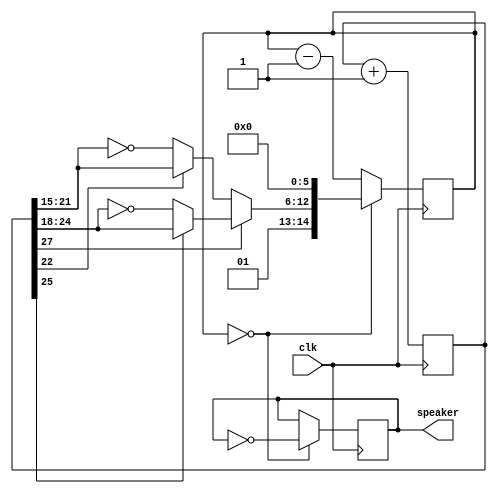
module music(clk, speaker);
input clk;
output speaker;

reg [27:0] tone;
always @(posedge clk) tone <= tone+1;

wire [6:0] fastsweep = (tone[22] ? tone[21:15] : ~tone[21:15]);
wire [6:0] slowsweep = (tone[25] ? tone[24:18] : ~tone[24:18]);
wire [16:0] clkdivider = {2'b01, (tone[27] ? slowsweep : fastsweep), 6'b00000000};

reg [14:0] counter;
always @(posedge clk) if(counter==0) counter <= clkdivider; else counter <= counter-1;

reg speaker;
always @(posedge clk) if(counter==0) speaker <= ~speaker;
endmodule